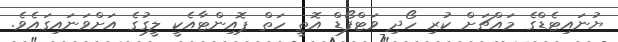
ޔުނައިޓެޑްގެ މައްޗަށް ކުރި ހޯދި ވަޓްފޯޑް އޮތީ ހަތް ޕޮއިންޓާއެކީ ލީގުގެ އަށްވަނައިގައެވެ.